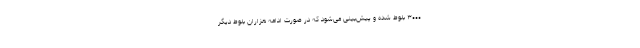
۳۰۰۰ بلوط شده و پیش‌بینی می‌شود که در صورت ادامه هزاران بلوط دیگر